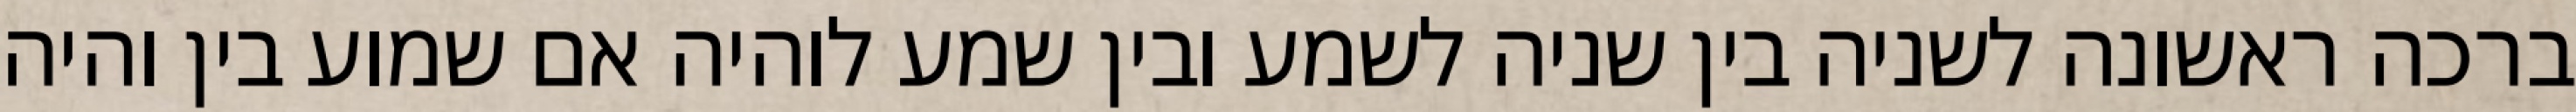
ברכה ראשונה לשניה בין שניה לשמע ובין שמע לוהיה אם שמוע בין והיה